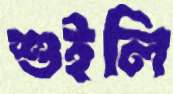
শুইলি